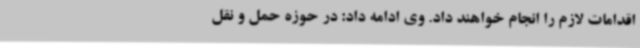
اقدامات لازم را انجام خواهند داد. وی ادامه داد: در حوزه حمل و نقل